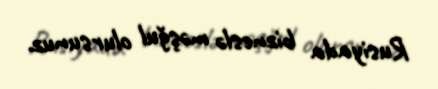
Rusiyada bizneslə məşğul olursunuz.